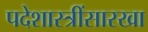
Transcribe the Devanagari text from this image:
पदेशास्त्रींसारखा